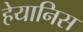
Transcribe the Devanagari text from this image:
हेयानिस